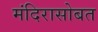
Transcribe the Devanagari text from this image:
मंदिरासोबत